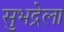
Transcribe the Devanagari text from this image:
सुभद्रेला